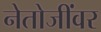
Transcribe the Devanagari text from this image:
नेतोजींवर